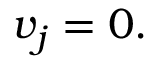
\begin{array} { r } { v _ { j } = 0 . } \end{array}